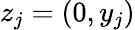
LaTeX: z_{j}=(0,y_{j})